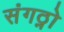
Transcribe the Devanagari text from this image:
संगठ्नो